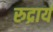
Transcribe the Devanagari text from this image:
रुद्रायं